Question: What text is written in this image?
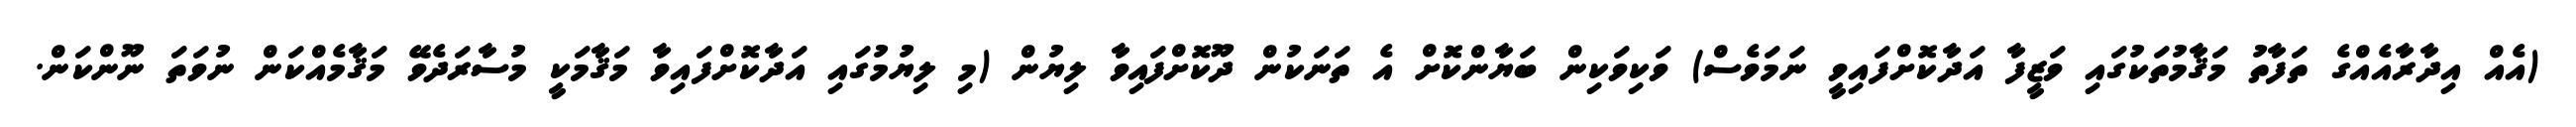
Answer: (އެއް އިދާރާއެއްގެ ތަފާތު މަޤާމުތަކުގައި ވަޒީފާ އަދާކޮށްފައިވީ ނަމަވެސް) ވަކިވަކިން ބަޔާންކޮށް އެ ތަނަކުން ދޫކޮށްފައިވާ ލިޔުން (މި ލިޔުމުގައި އަދާކޮށްފައިވާ މަޤާމަކީ މުސާރަދެވޭ މަޤާމެއްކަން ނުވަތަ ނޫންކަން.